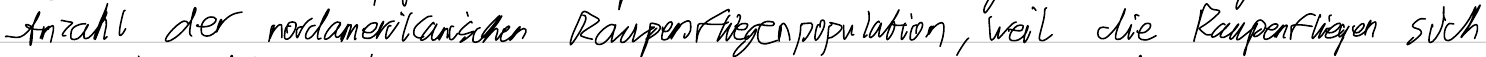
Anzahl der nordamerikanischen Raupenfliegenpopulation, weil die Raupenfliegen sich